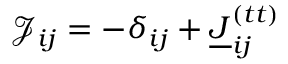
\mathcal { J } _ { i j } = - \delta _ { i j } + \underline { { J } } _ { i j } ^ { ( t t ) }